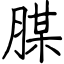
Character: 腜